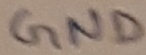
Text: GND